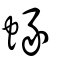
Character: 蝝